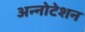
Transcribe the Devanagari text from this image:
अन्नोटेशन